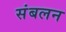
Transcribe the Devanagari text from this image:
संबलन